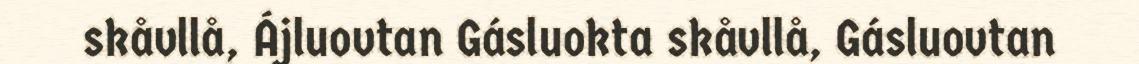
skåvllå, Ájluovtan Gásluokta skåvllå, Gásluovtan